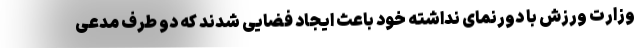
وزارت ورزش با دورنمای نداشته خود باعث ایجاد فضایی شدند که دو طرف مدعی